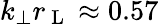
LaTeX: k_{\perp}r_{\mathrm{~L~}}\approx 0.57